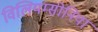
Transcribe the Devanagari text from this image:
विलियम्सोनिया